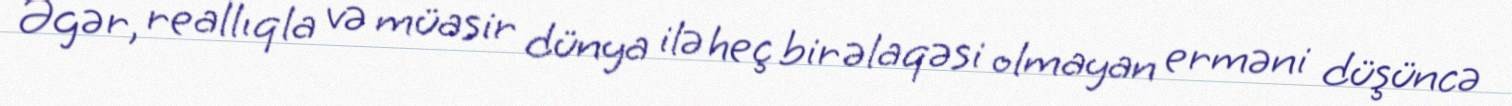
Əgər, reallıqla və müasir dünya ilə heç bir əlaqəsi olmayan erməni düşüncə